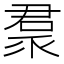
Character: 𠹩